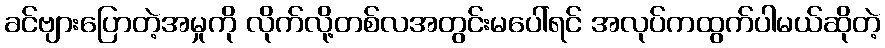
ခင်ဗျားပြောတဲ့အမှုကို လိုက်လို့တစ်လအတွင်းမပေါ်ရင် အလုပ်ကထွက်ပါမယ်ဆိုတဲ့